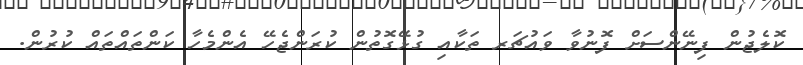
ކޮލެޖުން ފިނޭންސަށް ފޮނުވާ ވައުޗަރ ތަކާއި ގުޅޭގޮތުން ކުރަންޖެހޭ އެންމެހާ ކަންތައްތައް ކުރުން.